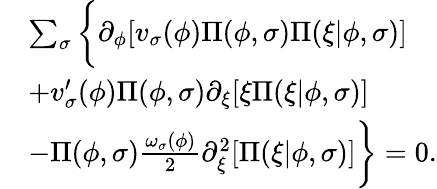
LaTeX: \begin{array}{rl}&{\sum_{\sigma}\bigg\{ \partial_{\phi}[v_{\sigma}(\phi)\Pi(\phi,\sigma)\Pi(\xi\vert\phi,\sigma)]}\\ &{+v_{\sigma}^{\prime}(\phi)\Pi(\phi,\sigma)\partial_{\xi}[\xi\Pi(\xi\vert\phi,\sigma)]}\\ &{-\Pi(\phi,\sigma)\frac{\omega_{\sigma}(\phi)}{2}\partial_{\xi}^{2}[\Pi(\xi\vert\phi,\sigma)]\bigg\} =0.}\end{array}